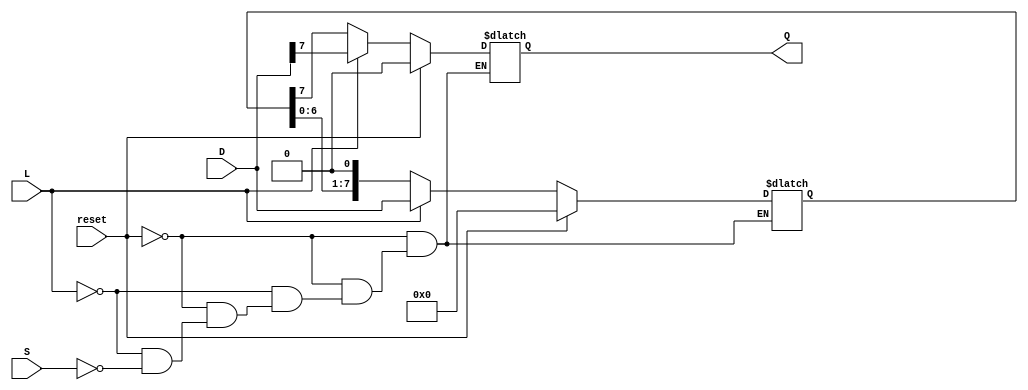
module piso_register #(
    parameter N = 8  // Number of bits in the register
)(
    input wire [N-1:0] D,   // Parallel data input
    input wire L,           // Load control signal
    input wire S,           // Shift control signal
    input wire reset,       // Asynchronous reset signal
    output reg Q           // Serial output
);

    reg [N-1:0] shift_reg;  // Internal shift register

    // Asynchronous reset and control logic
    always @* begin
        if (reset) begin
            shift_reg = {N{1'b0}};  // Clear the register
            Q = 1'b0;               // Clear the serial output
        end else if (L) begin
            shift_reg = D;          // Load data into the shift register
            Q = shift_reg[N-1];     // Output the first bit
        end else if (S) begin
            Q = shift_reg[N-1];     // Output the first bit
            shift_reg = {shift_reg[N-2:0], 1'b0}; // Shift left
        end
    end

endmodule